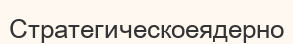
Стратегическоеядерно